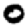
Digit: 0